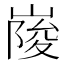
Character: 𡺲